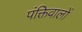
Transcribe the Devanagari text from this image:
पंक्तिवालों